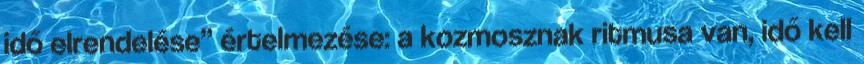
idő elrendelése” értelmezése: a kozmosznak ritmusa van, idő kell